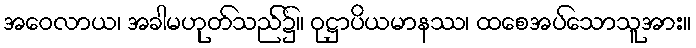
အဝေလာယ၊ အခါမဟုတ်သည်၌။ ဝုဋ္ဌာပိယမာနဿ၊ ထစေအပ်သောသူအား။